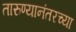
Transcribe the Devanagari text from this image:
तारुण्यानंतरच्या